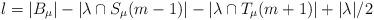
LaTeX: \begin{align*}l = |B_\mu| - |\lambda \cap S_\mu(m-1)| - |\lambda \cap T_\mu(m+1)| + |\lambda|/2\end{align*}